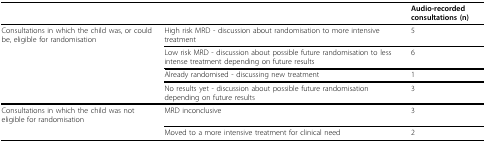
|  |  | Audio-recorded consultations (n) |
 | --- | --- | --- |
 | Consultations in which the child was, or could be, eligible for randomisation | High risk MRD - discussion about randomisation to more intensive treatment | 5 |
 |  | Low risk MRD - discussion about possible future randomisation to less intense treatment depending on future results | 6 |
 |  | Already randomised - discussing new treatment | 1 |
 |  | No results yet - discussion about possible future randomisation depending on future results | 3 |
 | Consultations in which the child was not eligible for randomisation | MRD inconclusive | 3 |
 |  | Moved to a more intensive treatment for clinical need | 2 |